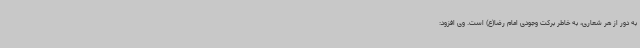
به دور از هر شعاری، به خاطر برکت وجودی امام رضا(ع) است. وی افزود: